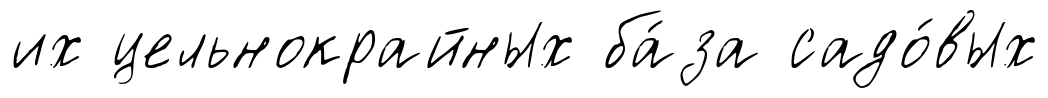
их цельнокрайных ба́за садо́вых